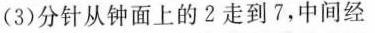
(3)分针从钟面上的2走到7，中间经